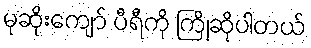
မုဆိုးကျော် ပီရီကို ကြိုဆိုပါတယ်